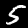
Label: 5